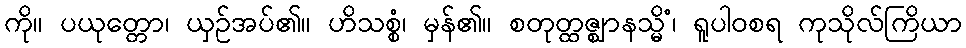
ကို။ ပယုတ္တော၊ ယှဉ်အပ်၏။ ဟိသစ္စံ၊ မှန်၏။ စတုတ္ထဇ္ဈာနသ္မိံ၊ ရူပါဝစရ ကုသိုလ်ကြိယာ